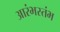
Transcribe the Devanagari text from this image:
आरंभस्तंभ